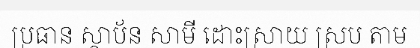
ប្រធាន ស្ថាប័ន សាមី ដោះស្រាយ ស្រប តាម